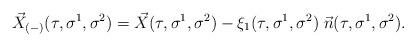
LaTeX: \begin{align*}\vec{X}_{(-)}(\tau, \sigma^1, \sigma^2) = \vec{X}(\tau, \sigma^1, \sigma^2) - \xi_{1}(\tau, \sigma^1, \sigma^2) \; \vec{n}(\tau, \sigma^1, \sigma^2).\end{align*}